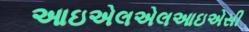
આઇએલએલઆઇએસી